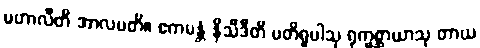
မဟာလီတိ အာလပတိ။ ဧကမန္တံ နိသီဒီတိ ပတိရူပါသု ရုက္ခစ္ဆာယာသု တာယ